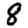
Digit: 8